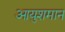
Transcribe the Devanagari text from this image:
आयुशमान